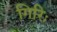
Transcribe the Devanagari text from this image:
गिरिः